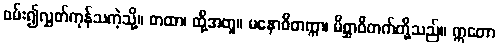
ဖမ်း၍လွှတ်ကုန်သကဲ့သို့။ တထာ၊ ထို့အတူ။ မနောဝိတက္ကာ၊ မိစ္ဆာဝိတက်တို့သည်။ ဣတော